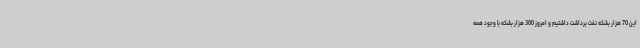
این 70 هزار بشکه نفت برداشت داشتیم و امروز 300 هزار بشکه با وجود همه